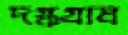
দগ্ধগ্রাম